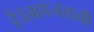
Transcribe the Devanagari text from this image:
है।जहाजरानी